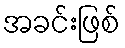
အခင်းဖြစ်